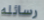
رسائله